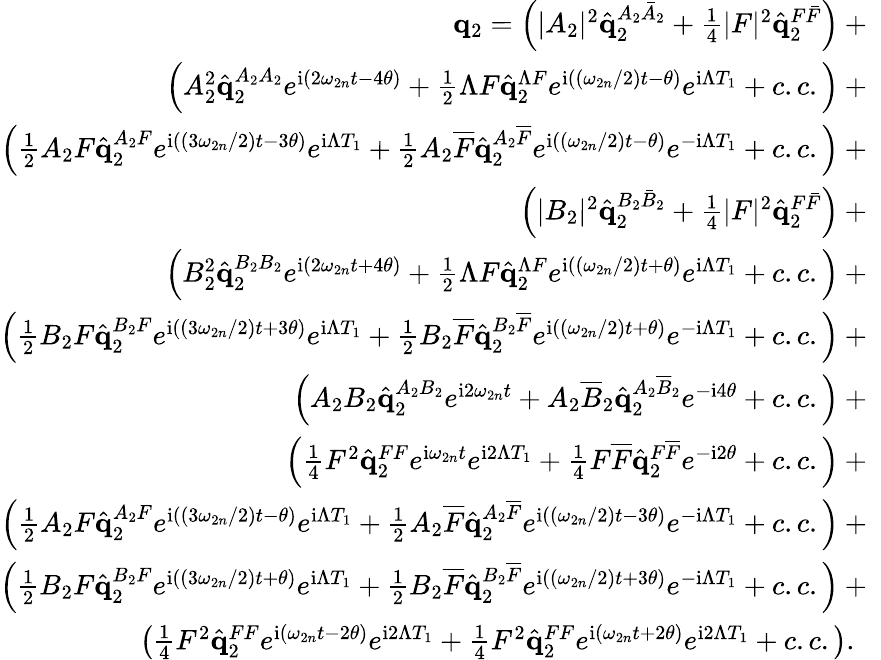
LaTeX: \begin{array}{r}{\mathbf{q}_{2}=\left(|A_{2}|^{2}\hat{\mathbf{q}}_{2}^{A_{2}\bar{A}_{2}}+\frac{1}{4}|F|^{2}\hat{\mathbf{q}}_{2}^{F\bar{F}}\right)+\ }\\ {\left(A_{2}^{2}\hat{\mathbf{q}}_{2}^{A_{2}A_{2}}e^{\mathrm{i}\left(2\omega_{2n}t-4\theta\right)}+\frac{1}{2}\Lambda F\hat{\mathbf{q}}_{2}^{\Lambda F}e^{\mathrm{i}\left(\left(\omega_{2n}/2\right)t-\theta\right)}e^{\mathrm{i}\Lambda T_{1}}+c.c.\right)+\ }\\ {\left(\frac{1}{2}A_{2}F\hat{\mathbf{q}}_{2}^{A_{2}F}e^{\mathrm{i}\left(\left(3\omega_{2n}/2\right)t-3\theta\right)}e^{\mathrm{i}\Lambda T_{1}}+\frac{1}{2}A_{2}\overline{{F}}\hat{\mathbf{q}}_{2}^{A_{2}\overline{{F}}}e^{\mathrm{i}\left(\left(\omega_{2n}/2\right)t-\theta\right)}e^{-\mathrm{i}\Lambda T_{1}}+c.c.\right)+\ }\\ {\left(|B_{2}|^{2}\hat{\mathbf{q}}_{2}^{B_{2}\bar{B}_{2}}+\frac{1}{4}|F|^{2}\hat{\mathbf{q}}_{2}^{F\bar{F}}\right)+\ }\\ {\left(B_{2}^{2}\hat{\mathbf{q}}_{2}^{B_{2}B_{2}}e^{\mathrm{i}\left(2\omega_{2n}t+4\theta\right)}+\frac{1}{2}\Lambda F\hat{\mathbf{q}}_{2}^{\Lambda F}e^{\mathrm{i}\left(\left(\omega_{2n}/2\right)t+\theta\right)}e^{\mathrm{i}\Lambda T_{1}}+c.c.\right)+\ }\\ {\left(\frac{1}{2}B_{2}F\hat{\mathbf{q}}_{2}^{B_{2}F}e^{\mathrm{i}\left(\left(3\omega_{2n}/2\right)t+3\theta\right)}e^{\mathrm{i}\Lambda T_{1}}+\frac{1}{2}B_{2}\overline{{F}}\hat{\mathbf{q}}_{2}^{B_{2}\overline{{F}}}e^{\mathrm{i}\left(\left(\omega_{2n}/2\right)t+\theta\right)}e^{-\mathrm{i}\Lambda T_{1}}+c.c.\right)+\ }\\ {\left(A_{2}B_{2}\hat{\mathbf{q}}_{2}^{A_{2}B_{2}}e^{\mathrm{i}2\omega_{2n}t}+A_{2}\overline{{B}}_{2}\hat{\mathbf{q}}_{2}^{A_{2}\overline{{B}}_{2}}e^{-\mathrm{i}4\theta}+c.c.\right)+\ }\\ {\left(\frac{1}{4}F^{2}\hat{\mathbf{q}}_{2}^{FF}e^{\mathrm{i}\omega_{2n}t}e^{\mathrm{i}2\Lambda T_{1}}+\frac{1}{4}F\overline{{F}}\hat{\mathbf{q}}_{2}^{F\overline{{F}}}e^{-\mathrm{i}2\theta}+c.c.\right)+\ }\\ {\left(\frac{1}{2}A_{2}F\hat{\mathbf{q}}_{2}^{A_{2}F}e^{\mathrm{i}\left(\left(3\omega_{2n}/2\right)t-\theta\right)}e^{\mathrm{i}\Lambda T_{1}}+\frac{1}{2}A_{2}\overline{{F}}\hat{\mathbf{q}}_{2}^{A_{2}\overline{{F}}}e^{\mathrm{i}\left(\left(\omega_{2n}/2\right)t-3\theta\right)}e^{-\mathrm{i}\Lambda T_{1}}+c.c.\right)+\ }\\ {\left(\frac{1}{2}B_{2}F\hat{\mathbf{q}}_{2}^{B_{2}F}e^{\mathrm{i}\left(\left(3\omega_{2n}/2\right)t+\theta\right)}e^{\mathrm{i}\Lambda T_{1}}+\frac{1}{2}B_{2}\overline{{F}}\hat{\mathbf{q}}_{2}^{B_{2}\overline{{F}}}e^{\mathrm{i}\left(\left(\omega_{2n}/2\right)t+3\theta\right)}e^{-\mathrm{i}\Lambda T_{1}}+c.c.\right)+\ }\\ {\left(\frac{1}{4}F^{2}\hat{\mathbf{q}}_{2}^{FF}e^{\mathrm{i}\left(\omega_{2n}t-2\theta\right)}e^{\mathrm{i}2\Lambda T_{1}}+\frac{1}{4}F^{2}\hat{\mathbf{q}}_{2}^{FF}e^{\mathrm{i}\left(\omega_{2n}t+2\theta\right)}e^{\mathrm{i}2\Lambda T_{1}}+c.c.\right).\ \ \ }\end{array}